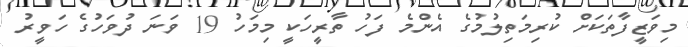
މިވަޒީފާތަކަށް ކުރިމަތިލުމުގެ އެންމެ ފަހު ތާރީހަކީ މިމަހު 19 ވަނަ ދުވަހުގެ ހަވީރު